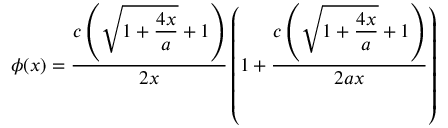
\phi ( x ) = \frac { \displaystyle c \left( \sqrt { 1 + \frac { 4 x } { a } } + 1 \right) } { \displaystyle 2 x } \left( 1 + \frac { \displaystyle c \left( \sqrt { 1 + \frac { 4 x } { a } } + 1 \right) } { \displaystyle 2 a x } \right)